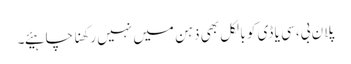
پلان بی، سی یا ڈی کو بالکل بھی ذہن میں نہیں رکھنا چاہیئے۔